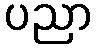
ပညာ